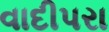
વાદીપરા